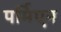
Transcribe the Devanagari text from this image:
पर्मिएन